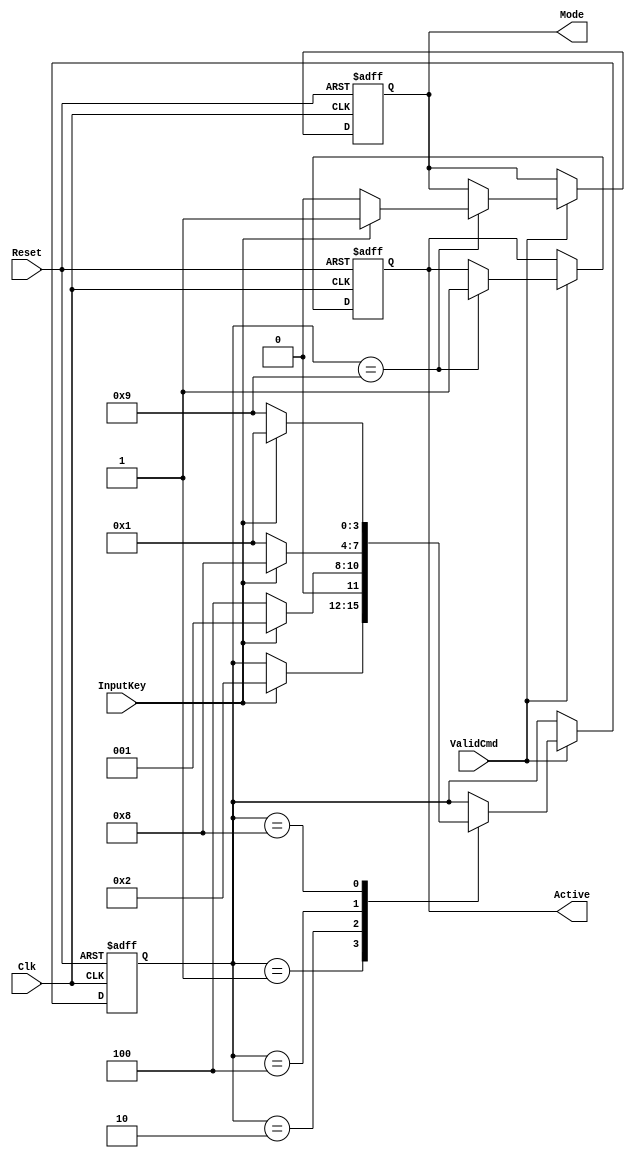
module DecInputKey (
	input Clk,
	input Reset,
	input ValidCmd,
	input InputKey,

	output Active,
	output Mode);

	localparam IDLE = 4'b0001;
    localparam S1   = 4'b0010;
    localparam S2   = 4'b0100;
    localparam S3   = 4'b1000;
	localparam S4   = 4'b1001;

	reg ActiveCpy, ModeCpy;

	assign Active = ActiveCpy;
	assign Mode = ModeCpy;
	reg [3:0] state;
	
	always @(posedge Clk, posedge Reset) begin
		if (Reset) begin
			state=IDLE;
			ActiveCpy=0;
			ModeCpy=0;
		end else begin
			if(ValidCmd) begin
				case (state)
					IDLE: begin
					if(InputKey)
						state <= S1;
					end
					S1: begin
					if(!InputKey) begin
						state <= S2;

					end else begin
						state <= IDLE;
					end
					end
					S2: begin
					if (InputKey) begin
						state <= S3;						
					end else begin
						state <= IDLE;
					end
					end
					S3: begin
					if (!InputKey) begin
						state <= S4;
					end else begin
						state <= IDLE;
					end
					end
					S4: begin
						if(InputKey) begin
							ActiveCpy <= 1;
							ModeCpy <= 1;
						end
						else begin
							ActiveCpy <= 1;
							ModeCpy <= 0;
						end
					end
				endcase
			end
		end
	end
endmodule